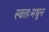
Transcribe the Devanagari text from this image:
स्वतःमधून